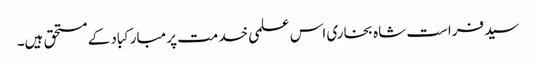
سید فراست شاہ بخاری اس علمی خدمت پر مبارکباد کے مستحق ہیں۔